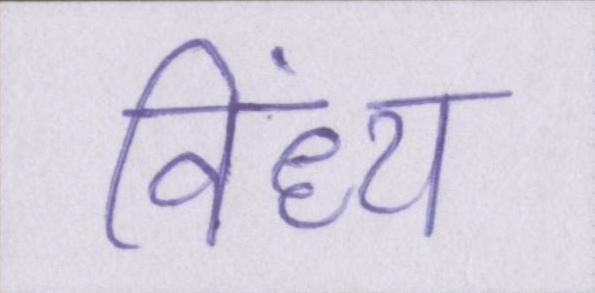
विंध्य